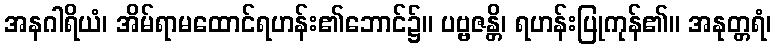
အနဂါရိယံ၊ အိမ်ရာမထောင်ရဟန်း၏ဘောင်၌။ ပဗ္ဗဇန္တိ၊ ရဟန်းပြုကုန်၏။ အနုတ္တရံ၊